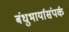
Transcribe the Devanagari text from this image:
बंधुभार्यासंपर्क